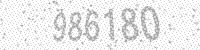
Solution: 986180